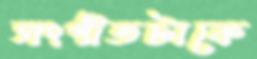
সংগীতটাকে